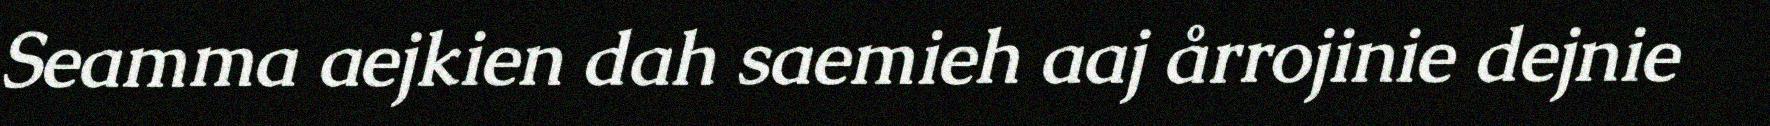
Seamma aejkien dah saemieh aaj årrojinie dejnie